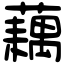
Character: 藕